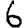
Digit: 6